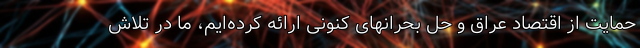
حمایت از اقتصاد عراق و حل بحرانهای کنونی ارائه کرده‌ایم، ما در تلاش